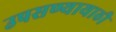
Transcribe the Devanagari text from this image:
उपसण्यायाठी